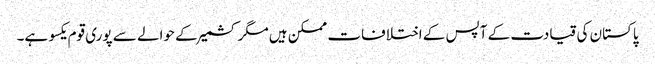
پاکستان کی قیادت کے آپس کے اختلافات ممکن ہیں مگر کشمیر کے حوالے سے پوری قوم یکسو ہے۔